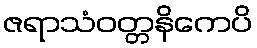
ဇရာသံဝတ္တနိကေပိ